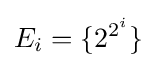
E_{i}=\{2^{2^{i}}\}